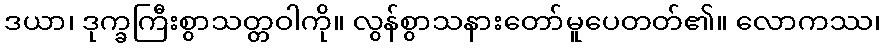
ဒယာ၊ ဒုက္ခကြီးစွာသတ္တဝါကို။ လွန်စွာသနားတော်မူပေတတ်၏။ လောကဿ၊